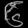
Digit: ၆